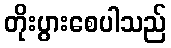
တိုးပွားစေပါသည်